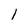
Character: l